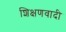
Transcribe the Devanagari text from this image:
शिक्षणवादी